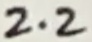
Text: 2.2